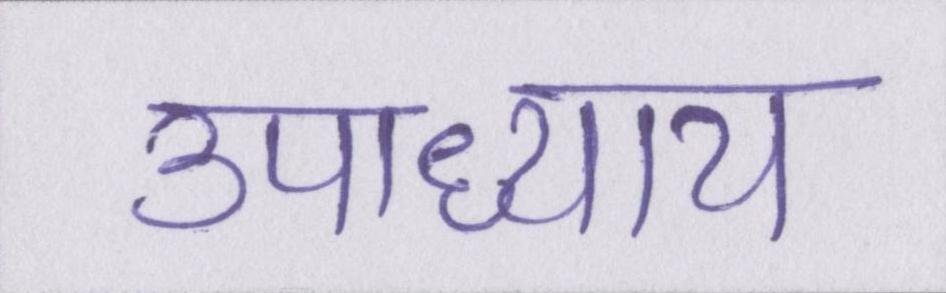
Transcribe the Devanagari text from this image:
उपाध्याय